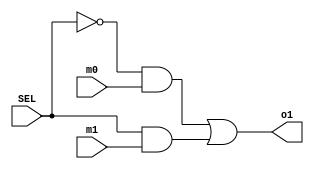
module MUX (input m0, m1, SEL, output o1);
	wire s1, s2, s3;
	
	not(s1, SEL);
	and(s2, s1, m0);
	and(s3, SEL, m1);
	or(o1, s2, s3);
endmodule